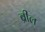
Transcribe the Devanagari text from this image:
ब्रील